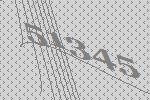
51345